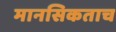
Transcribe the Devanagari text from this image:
मानसिकताच